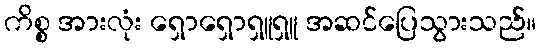
ကိစ္စ အားလုံး ရှောရှောရှူရှူ အဆင်ပြေသွားသည်။